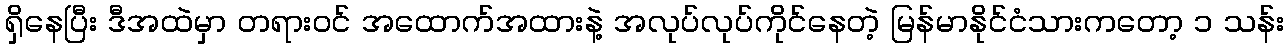
ရှိနေပြီး ဒီအထဲမှာ တရားဝင် အထောက်အထားနဲ့ အလုပ်လုပ်ကိုင်နေတဲ့ မြန်မာနိုင်ငံသားကတော့ ၁ သန်း